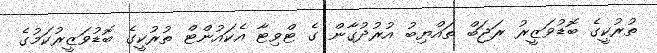
ތުރުކީގެ ބޮޑުވަޒީރު ރަޖަބް ތައްޔިބު އުރުދުގާން ގެ ޓްވިޓާ އެކައުންޓް ތުރުކީގެ ބޮޑުވަޒީރުކަމުގެ